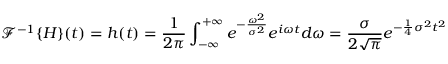
{ \mathcal { F } } ^ { - 1 } \{ H \} ( t ) = h ( t ) = { \frac { 1 } { 2 \pi } } \int _ { - \infty } ^ { + \infty } { e ^ { - { \frac { \omega ^ { 2 } } { \sigma ^ { 2 } } } } e ^ { i \omega t } } d \omega = { \frac { \sigma } { 2 { \sqrt { \pi } } } } e ^ { - { \frac { 1 } { 4 } } \sigma ^ { 2 } t ^ { 2 } }